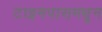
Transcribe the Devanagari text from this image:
टाइमपासमधून